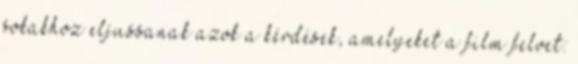
sokakhoz eljussanak azok a kérdések, amelyeket a film felvet: